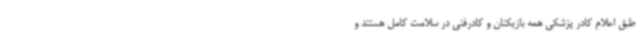
طبق اعلام کادر پزشکی همه بازیکنان و کادرفنی در سلامت کامل هستند و